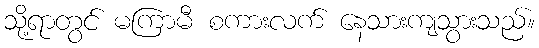
သို့ရာတွင် မကြာမီ စကားလက် နေသားကျသွားသည်။